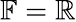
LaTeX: \mathbb{F}=\mathbb{R}